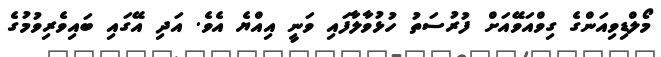
މޯލްޑިވިއަންގެ ގިވްއަވޭއަށް ފުރުސަތު ހުޅުވާލާފައި ވަނީ އިއްޔެ އެވެ. އަދި އޭގައި ބައިވެރިވުމުގެ